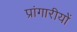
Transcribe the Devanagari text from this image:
प्रांगारीयों